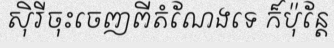
ស៊ិរីចុះចេញពីតំណែងទេ ក៏ប៉ុន្តែ